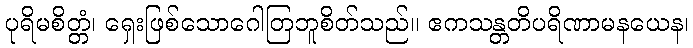
ပုရိမစိတ္တံ၊ ရှေးဖြစ်သောဂေါတြဘူစိတ်သည်။ ဧကသန္တတိပရိဏာမနယေန၊